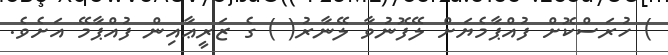
) ހުރަސްކޮށް ފުއްޕާމެޔަށް ލޭފޮނުވާ ލޭނާރު( ) ގެ ޒަރީޢާއިން ފުއްޕާމޭ އަށެވެ.